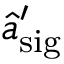
\hat { a } _ { \mathrm { s i g } } ^ { \prime }